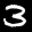
Label: 3